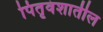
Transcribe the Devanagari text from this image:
पितृवंशातील